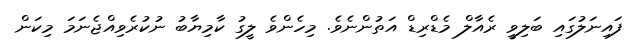
ފައިނަލުގައި ބަލިވީ ރެއާލް މެޑްރިޑް އަތުންނެވެ. މިހެންވެ ލީގު ކާމިޔާބު ނުކުރެވިއްޖެނަމަ މިކަން